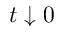
t \downarrow 0